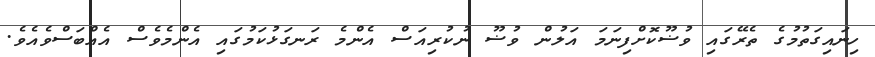
ހިނައިގަތުމުގެ ތެރޭގައި ވުޟޫކޮށްފިނަމަ އަލުން ވުޟޫ ނުކުރިއަސް އެންމެ ރަނގަޅުކަމުގައި އެންމެވެސް އެއްބަސްވެއެވެ.